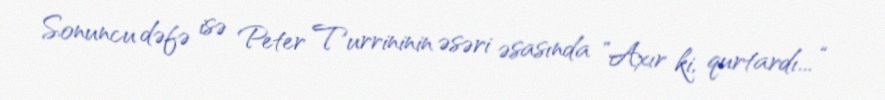
Sonuncu dəfə isə Peter Turrininin əsəri əsasında ”Axır ki, qurtardı... “